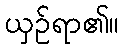
ယှဉ်ရာ၏။